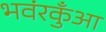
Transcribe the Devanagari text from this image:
भवंरकुँआ